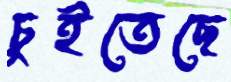
চুইতেছে